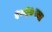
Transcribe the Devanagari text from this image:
१८६७च्या